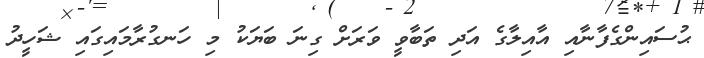
ޙުސައިންގެފާނާއި އާއިލާގެ އަދި ތަބާވީ ވަރަށް ގިނަ ބަޔަކު މި ހަނގުރާމައިގައި ޝަހީދު